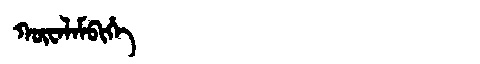
Manchu: ᡴᡡᠸᠠᠯᠠᠮᠪᡳᡥᡝ
Romanization: KŪWALAMBIHE